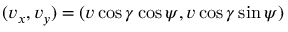
( v _ { x } , v _ { y } ) = ( v \cos \gamma \cos \psi , v \cos \gamma \sin \psi )